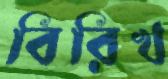
বিরিখ